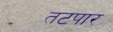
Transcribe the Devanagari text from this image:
तटपार